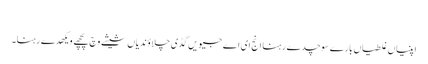
‏
اپنیاں غلطیاں بارے سوچدے رہنا اِنج ای اے جیویں گڈی چلاؤندیاں شیشے وچ پچھے ویکھدے رہنا۔